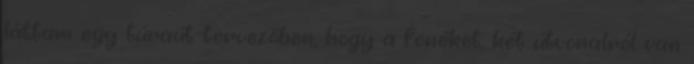
láttam egy túraút-tervezőben, hogy a fenéket, két útvonalról van